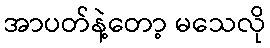
အာပတ်နဲ့တော့ မသေလို